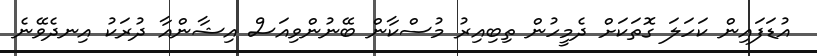
އުޑަފައިން ކަހަލަ ގޮތަކަށް ދެމީހުން ތިބިއިރު މުސްކާން ބޭނުންވިއަސް އިޝާންއާ ދުރަކު އިނދެވޭނެ